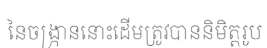
នៃចង្ក្រាននោះដើមត្រូវបាននិមិត្តរូប